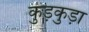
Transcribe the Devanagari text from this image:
कुड़कुड़ा